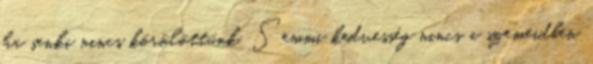
ha senki nincs körölöttünk. Semmi kedvesség nincs a szemeidben